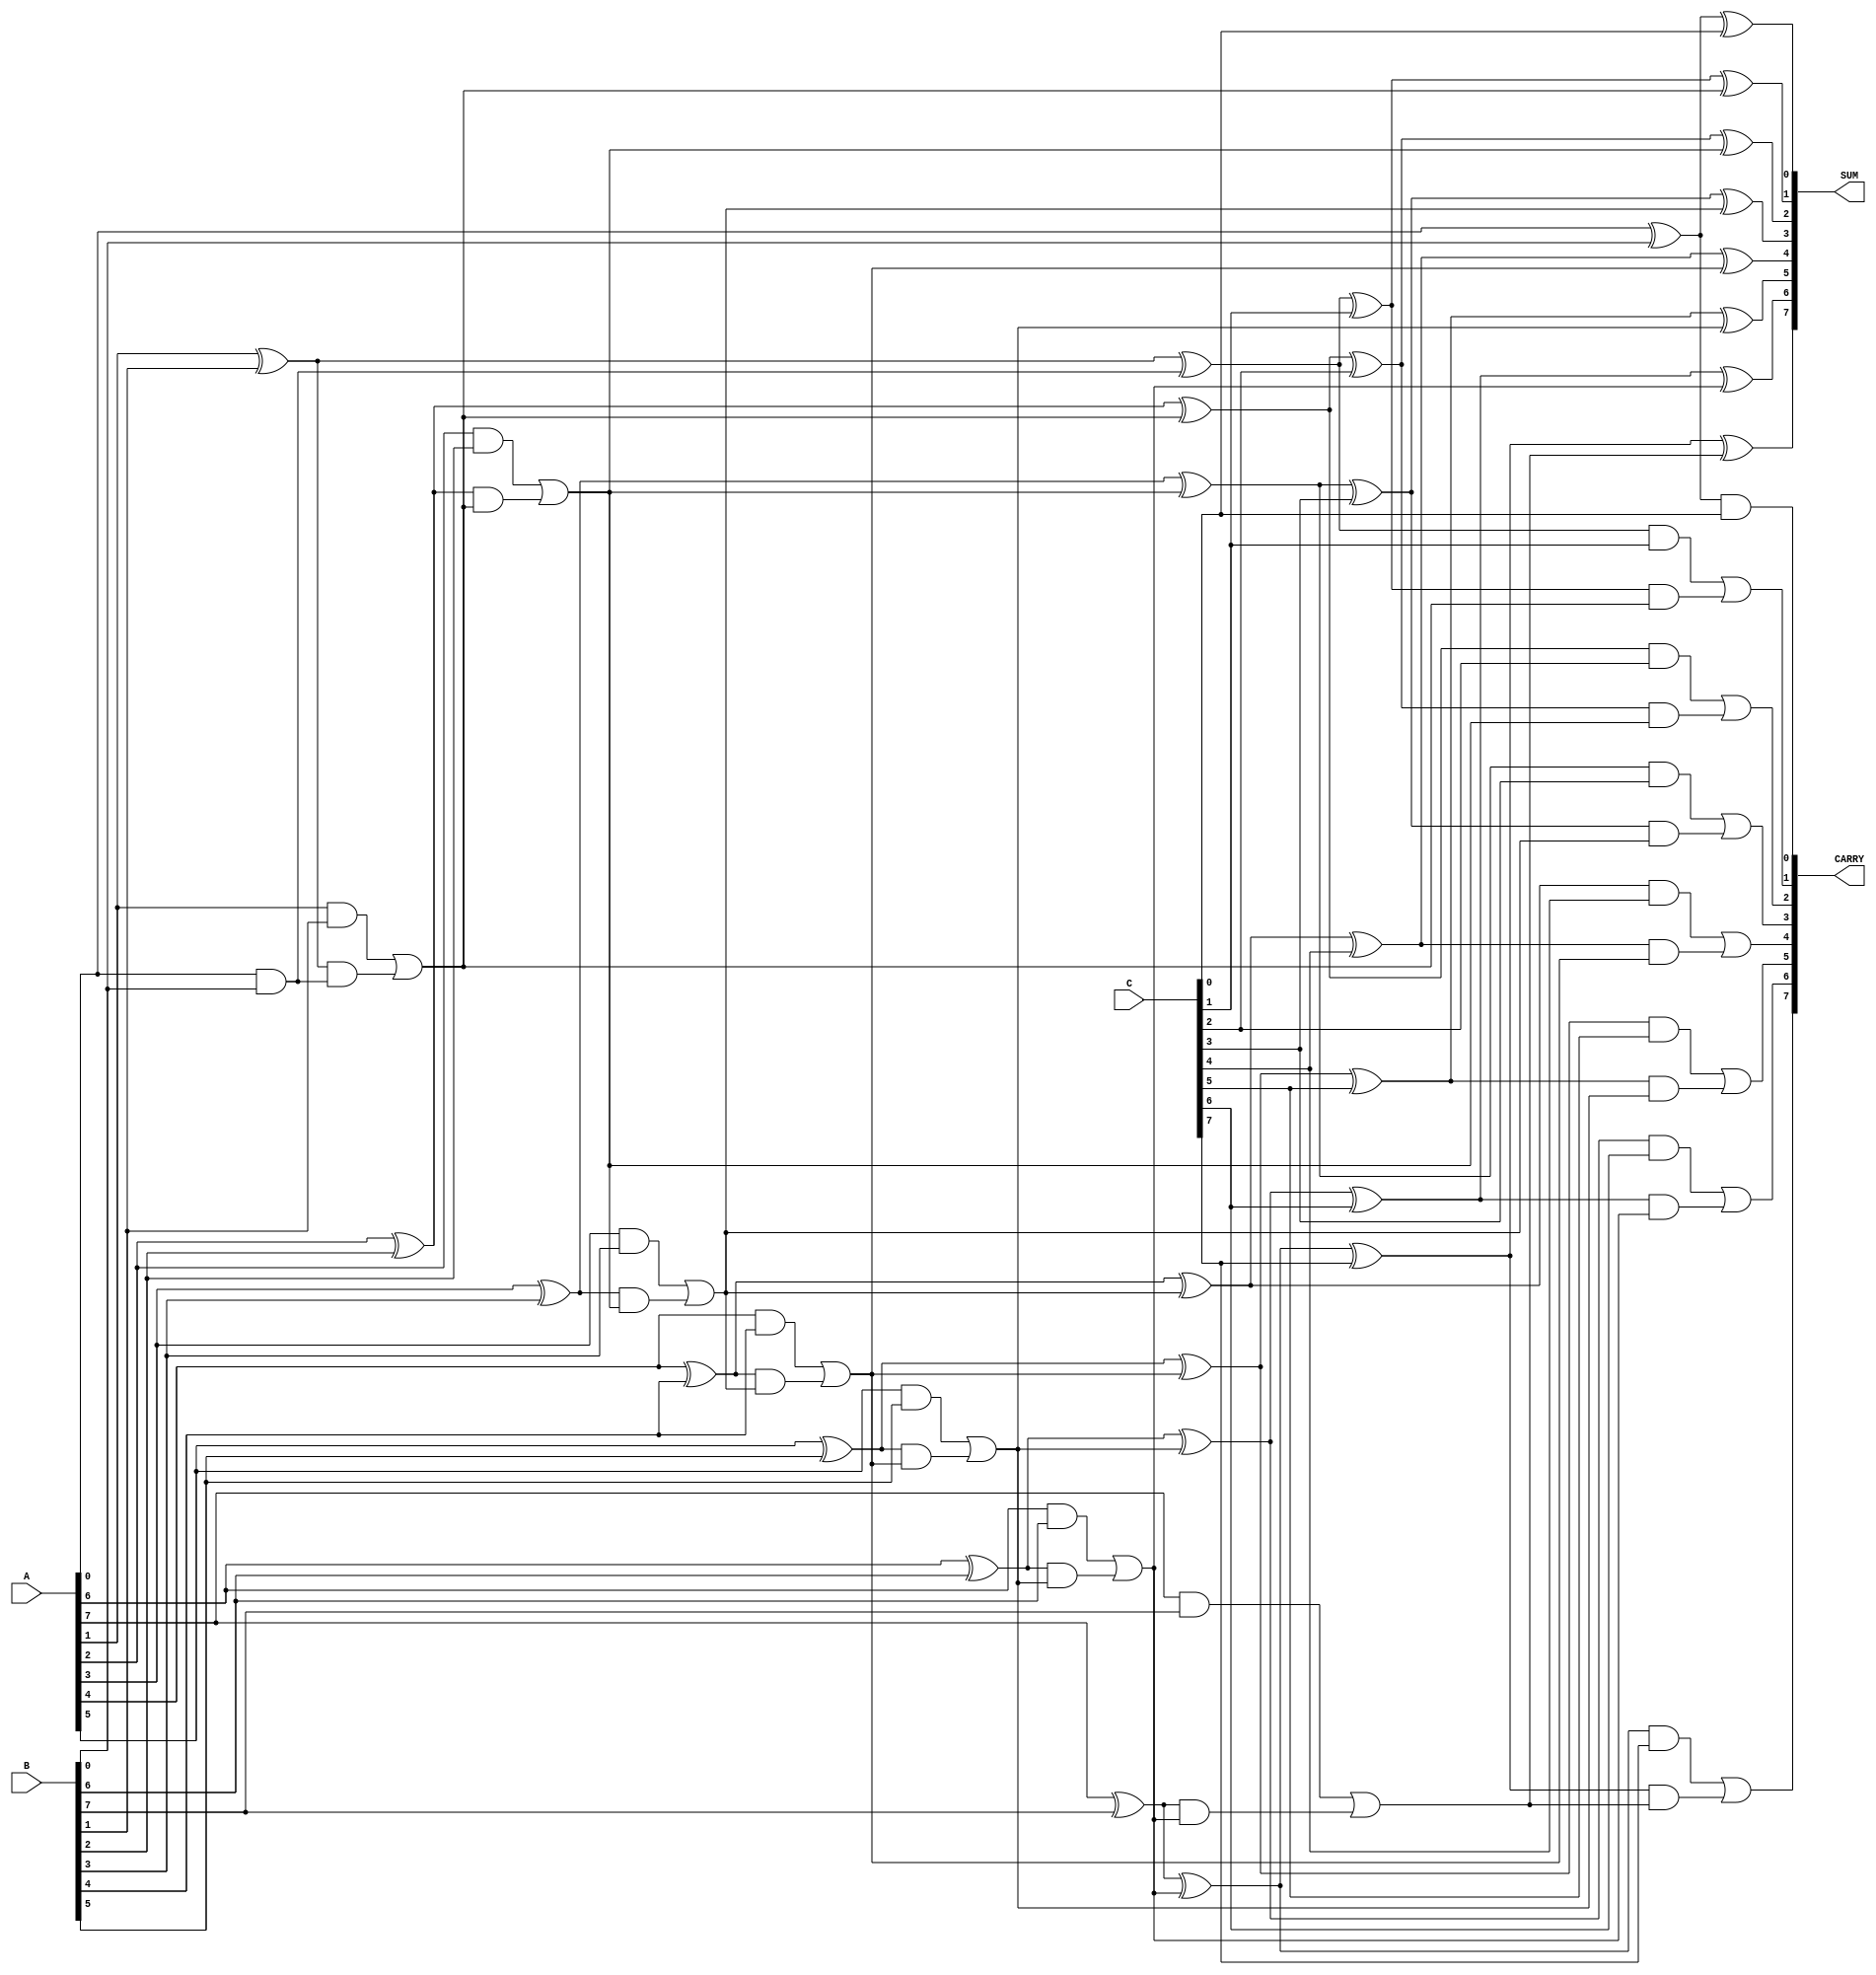
module ModifiedCarrySaveAdder #(parameter WIDTH = 8) (
    input  wire [WIDTH-1:0] A,   // First operand
    input  wire [WIDTH-1:0] B,   // Second operand
    input  wire [WIDTH-1:0] C,   // Third operand
    output wire [WIDTH-1:0] SUM,  // Sum output
    output wire [WIDTH-1:0] CARRY // Carry output
);

// Half Adder
function [1:0] half_adder(
    input wire A,
    input wire B
);
    half_adder = {A & B, A ^ B}; // {carry, sum}
endfunction

// Full Adder
function [1:0] full_adder(
    input wire A,
    input wire B,
    input wire Cin
);
    full_adder = {A & B | (A ^ B) & Cin, A ^ B ^ Cin}; // {carry, sum}
endfunction

// Stage 1: Calculate partial sums and carries
wire [WIDTH-1:0] S1, C1;
wire [WIDTH-1:0] S2, C2;
wire [WIDTH-1:0] CARRY_STAGE;

// Compute S1 and C1 for A + B
genvar i;
generate
    for (i = 0; i < WIDTH; i = i + 1) begin : stage1
        if (i == 0) begin
            assign {C1[i], S1[i]} = half_adder(A[i], B[i]);
        end else begin
            assign {C1[i], S1[i]} = full_adder(A[i], B[i], C1[i-1]);
        end
    end
endgenerate

// Stage 2: Combine (S1 + C) to form the final sum and carry
generate
    for (i = 0; i < WIDTH; i = i + 1) begin : stage2
        if (i == 0) begin
            assign {C2[i], S2[i]} = full_adder(S1[i], C[i], 1'b0);
        end else begin
            assign {C2[i], S2[i]} = full_adder(S1[i], C[i], C1[i]);
        end
        assign CARRY_STAGE[i] = C2[i];
    end
endgenerate

// Final sum and carry outputs
assign SUM  = S2;
assign CARRY = CARRY_STAGE;

// Optional: Final carry propagation can be included here if needed

endmodule